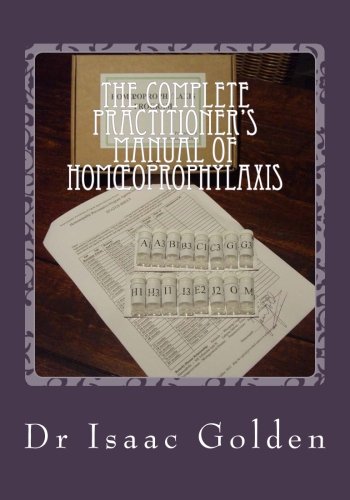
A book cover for The Complete Practitioner's Manual of Homoeoprophylaxis: A Practical Handbook of Homeopathic Immunisation; Dr Isaac Golden; Health, Fitness & Dieting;